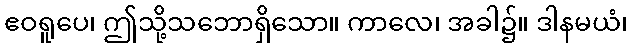
ဧဝရူပေ၊ ဤသို့သဘောရှိသော။ ကာလေ၊ အခါ၌။ ဒါနမယံ၊